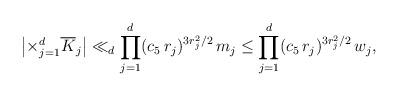
LaTeX: \begin{align*}\left|\times _{j=1}^{d} {\overline K}_j\right|\ll_d \prod_{j=1}^{d} (c_5\,r_j)^{3r_j^2/2}\,m_j\le\prod_{j=1}^{d}(c_5\,r_j)^{3r_j^2/2}\, w_j ,\end{align*}